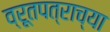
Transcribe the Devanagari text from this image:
व्रूतपत्राच्या